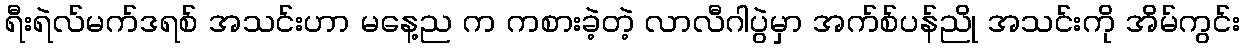
ရီးရဲလ်မက်ဒရစ် အသင်းဟာ မနေ့ည က ကစားခဲ့တဲ့ လာလီဂါပွဲမှာ အက်စ်ပန်ညို အသင်းကို အိမ်ကွင်း